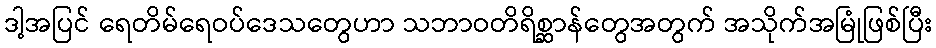
ဒါ့အပြင် ရေတိမ်ရေဝပ်ဒေသတွေဟာ သဘာဝတိရိစ္ဆာန်တွေအတွက် အသိုက်အမြုံဖြစ်ပြီး